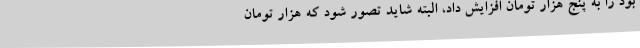
بود را به پنج هزار تومان افزایش داد، البته شاید تصور شود که هزار تومان